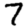
Digit: 7